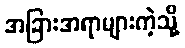
အခြားအရာများကဲ့သို့